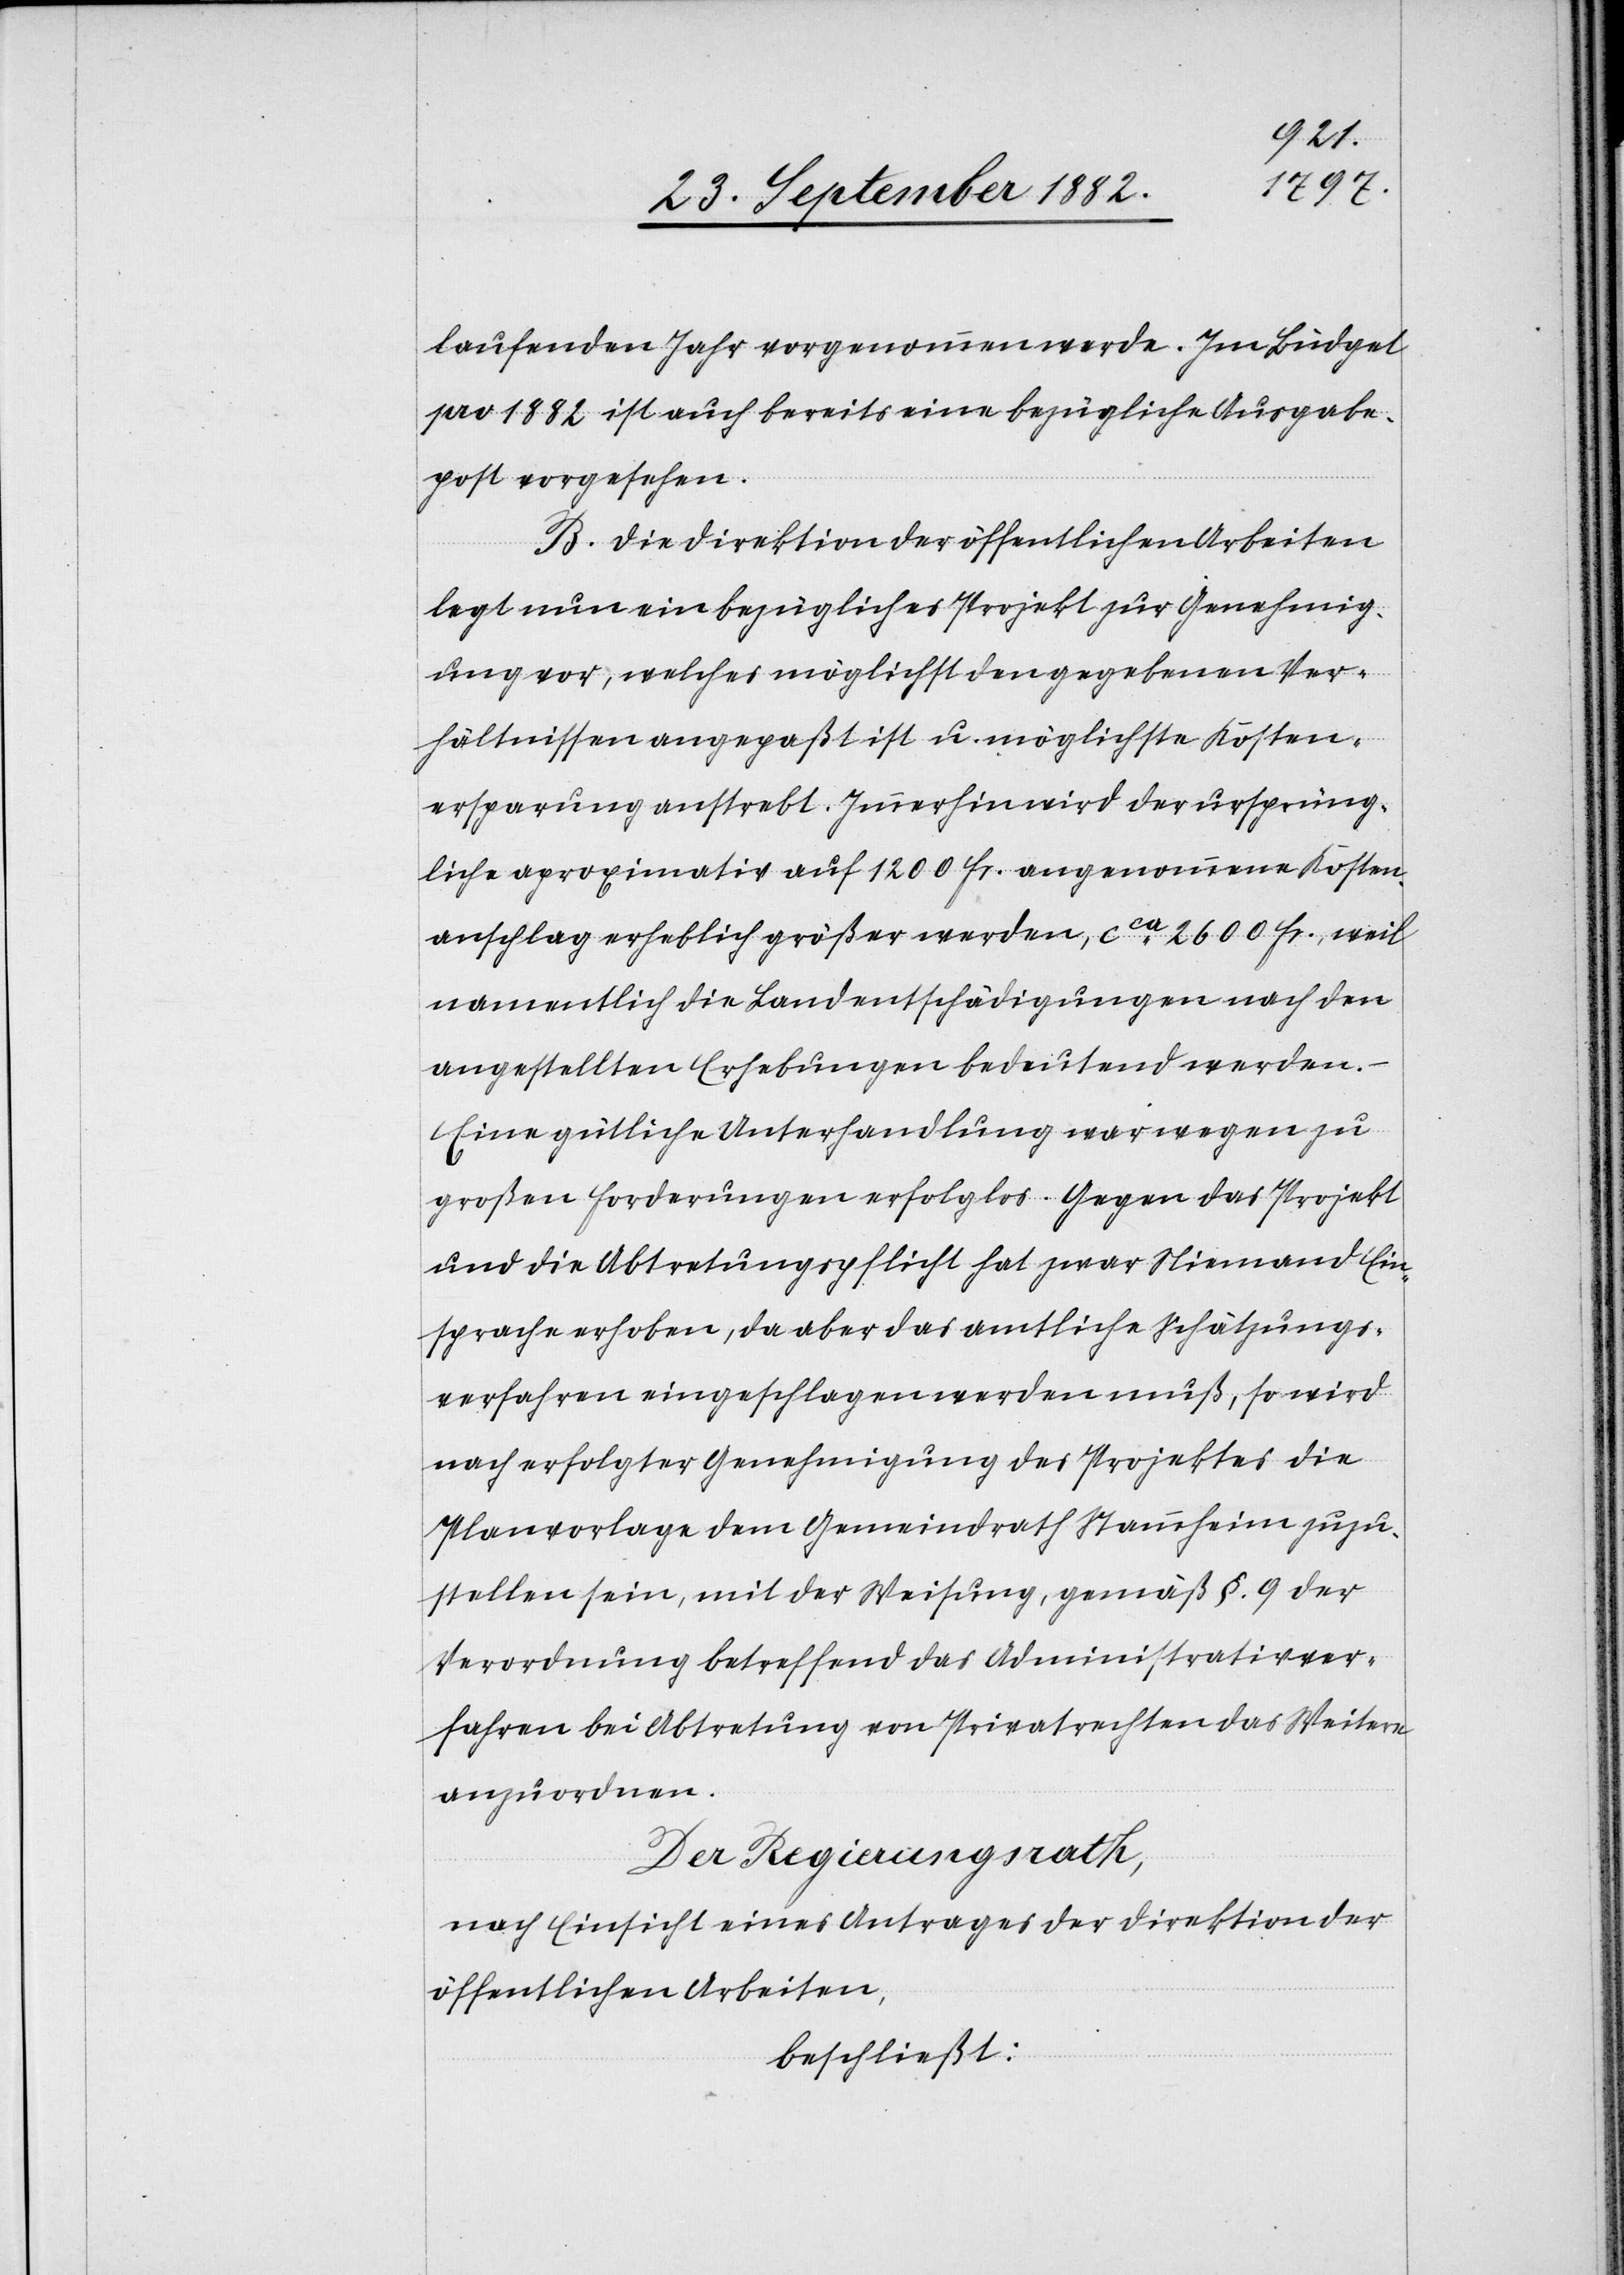
laufenden Jahr vorgenommen werde. Im Büdget
pro 1882 ist auch bereits eine bezügliche Ausgabe¬
post vorgesehen.
B. Die Direktion der öffentlichen Arbeiten
legt nun ein bezügliches Projekt zur Genehmig¬
ung vor, welches möglichst den gegebenen Ver¬
hältnissen angepaßt ist u. möglichste Kosten¬
ersparung anstrebt. Immerhin wird der ursprüng¬
liche aproximativ auf 1200 Fr. angenommene Kosten¬
anschlag erheblich größer werden, ca 2600 Fr., weil
namentlich die Landentschädigungen nach den
angestellten Erhebungen bedeutend werden.
Eine gütliche Unterhandlung war wegen zu
großen Forderungen erfolglos. Gegen das Projekt
und die Abtretungspflicht hat zwar Niemand Ein¬
sprache erhoben, da aber das amtliche Schätzungs¬
verfahren eingeschlagen werden muß, so wird
nach erfolgter Genehmigung des Projektes die
Planvorlage dem Gemeindrath Stammheim zuzu¬
stellen sein, mit der Weisung, gemäß §. 9 der
Verordnung betreffend das Administrativver¬
fahren bei Abtretung von Privatrechten das Weitere
anzuordnen.
Der Regierungsrath,
nach Einsicht eines Antrages der Direktion der
öffentlichen Arbeiten,
beschließt: